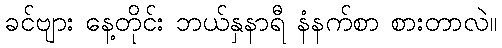
ခင်ဗျား နေ့တိုင်း ဘယ်နှနာရီ နံနက်စာ စားတာလဲ။